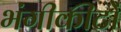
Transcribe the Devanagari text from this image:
भंगीकीटों